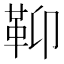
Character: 䩕